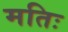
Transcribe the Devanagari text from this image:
मतिः